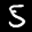
Label: 5